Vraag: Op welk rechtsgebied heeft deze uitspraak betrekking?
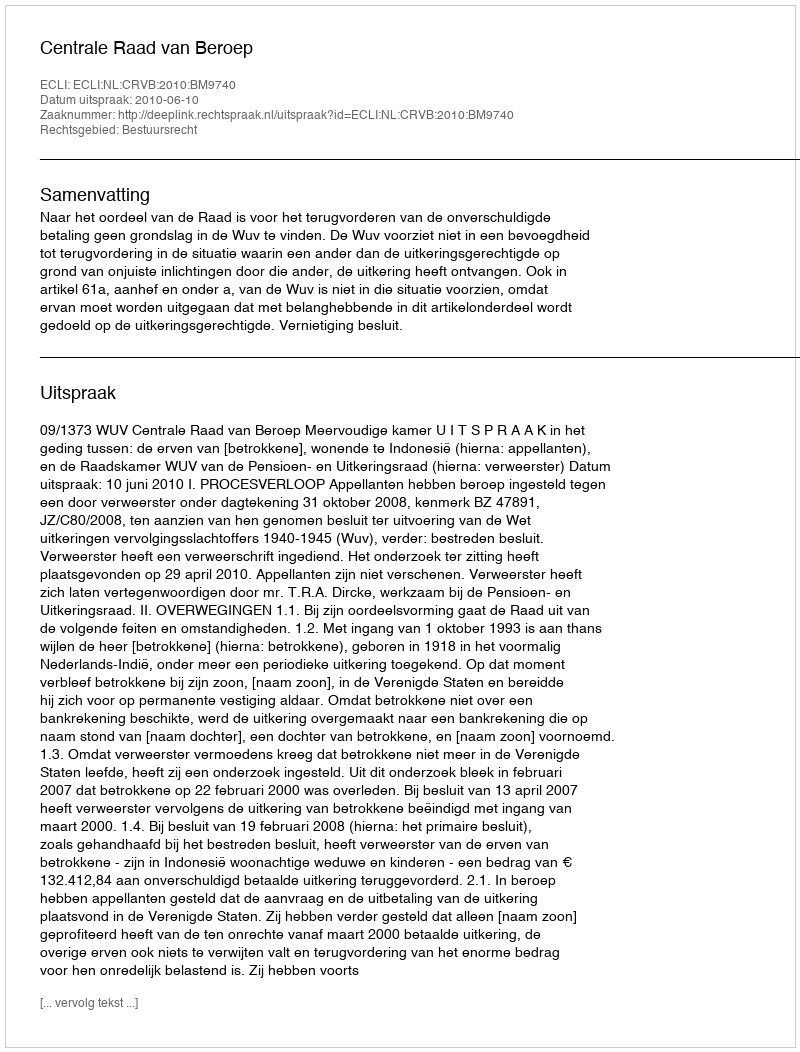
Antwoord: Bestuursrecht